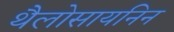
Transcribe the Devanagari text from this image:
थैलोसायनिन